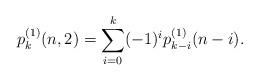
LaTeX: \begin{align*}p^{(1)}_k(n,2)=\sum_{i=0}^{k}(-1)^i p_{k-i}^{(1)}(n-i).\end{align*}